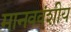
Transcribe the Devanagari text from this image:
मानववंशीय